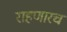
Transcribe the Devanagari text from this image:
राहणारच